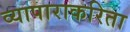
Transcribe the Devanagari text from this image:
व्यापाराकरिता